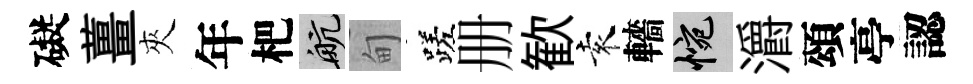
礙薑夾年杷航甸蹉册歓袁轖惋灂頌亭認